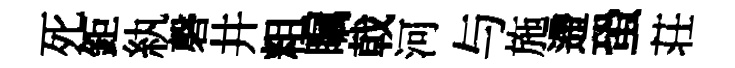
死鉅紈磬井粗瞩戟河与施遰蛩荘